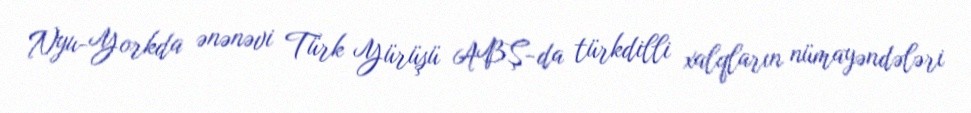
Nyu-Yorkda ənənəvi Türk Yürüşü ABŞ-da türkdilli xalqların nümayəndələri